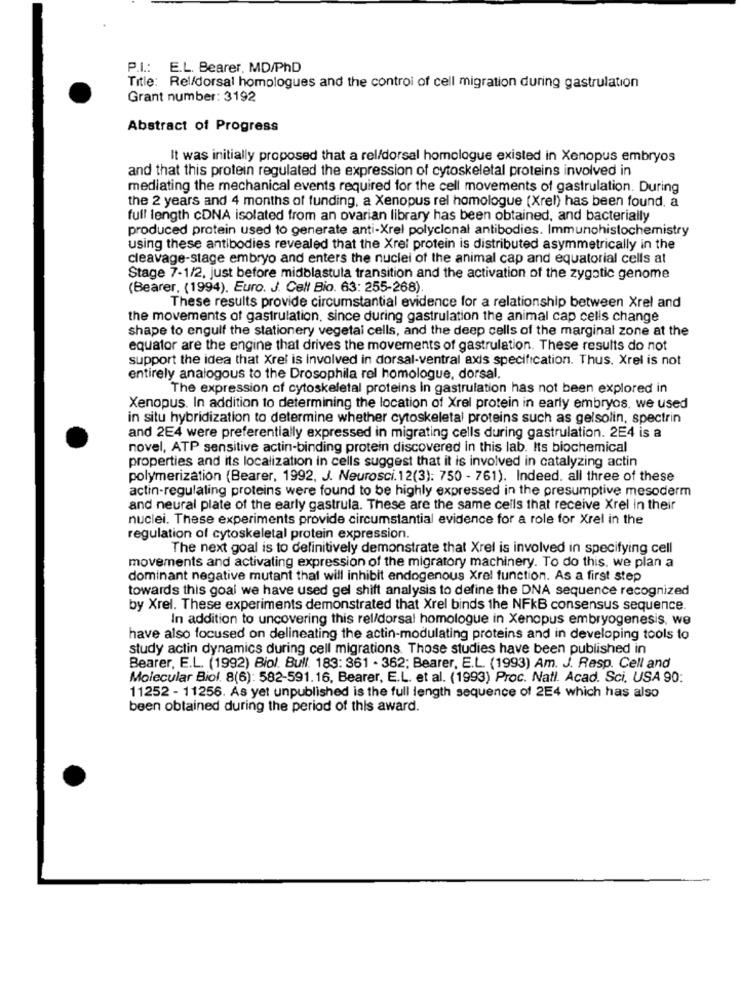
P.I .: E.L. Bearer, MD/PhD
Title: Rel/dorsal homologues and the control of cell migration during gastrulation
Grant number: 3192
Abstract of Progress
It was initially proposed that a rel/dorsal homologue existed in Xenopus embryos
and that this protein regulated the expression of cytoskeletal proteins involved in
mediating the mechanical events required for the cell movements of gastrulation. During
the 2 years and 4 months of funding, a Xenopus rel homologue (Xrel) has been found, a
full length cDNA isolated from an ovarian library has been obtained, and bacterially
produced protein used to generate anti-Xrel polyclonal antibodies. Immunohistochemistry
using these antibodies revealed that the Xrel protein is distributed asymmetrically in the
cleavage-stage embryo and enters the nuclei of the animal cap and equatorial cells at
Stage 7-1/2, just before midblastula transition and the activation of the zygotic genome
(Bearer, (1994). Euro. J. Cell Bio. 63: 255-268).
These results provide circumstantial evidence for a relationship between Xrel and
the movements of gastrulation, since during gastrulation the animal cap cells change
shape to engulf the stationery vegetal cells, and the deep cells of the marginal zone at the
equator are the engine that drives the movements of gastrulation. These results do not
support the idea that Xrel is involved in dorsal-ventral axis specification. Thus. Xrel is not
entirely analogous to the Drosophila rel homologue, dorsal.
The expression of cytoskeletal proteins In gastrulation has not been explored in
Xenopus. In addition to determining the location of Xrel protein in early embryos, we used
in situ hybridization to determine whether cytoskeletal proteins such as gelsolin, spectrin
and 2E4 were preferentially expressed in migrating cells during gastrulation. 2E4 is a
novel, ATP sensitive actin-binding protein discovered in this lab. Its biochemical
properties and its localization in cells suggest that it is involved in catalyzing actin
polymerization (Bearer, 1992, J. Neurosci. 12(3): 750 - 761). Indeed. all three of these
actin-regulating proteins were found to be highly expressed in the presumptive mesoderm
and neural plate of the early gastrula. These are the same cells that receive Xrel In their
nuclei. These experiments provide circumstantial evidence for a role for Xrel in the
regulation of cytoskeletal protein expression.
The next goal is to definitively demonstrate that Xrel is involved in specifying cell
movements and activating expression of the migratory machinery. To do this, we plan a
dominant negative mutant that will inhibit endogenous Xrel function. As a first step
towards this goal we have used gel shift analysis to define the DNA sequence recognized
by Xrel. These experiments demonstrated that Xrel binds the NFKB consensus sequence.
In addition to uncovering this rel/dorsal homologue in Xenopus embryogenesis. we
have also focused on delineating the actin-modulating proteins and in developing tools to
study actin dynamics during cell migrations. Those studies have been published in
Bearer, E.L. (1992) Biol. Bull. 183: 361 - 362; Bearer, E.L. (1993) Am. J. Resp. Cell and
Molecular Biol. 8(6): 582-591.16, Bearer, E.L. et al. (1993) Proc. Natl. Acad. Sci. USA 90:
11252 - 11256. As yet unpublished is the full length sequence of 2E4 which has also
been obtained during the period of this award.